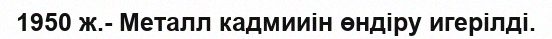
1950 ж.- Металл кадмииін өндіру игерілді.